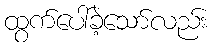
ထွက်ပေါ်ခဲ့သော်လည်း